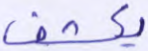
يكشف